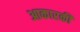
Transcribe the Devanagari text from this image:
आकारकी